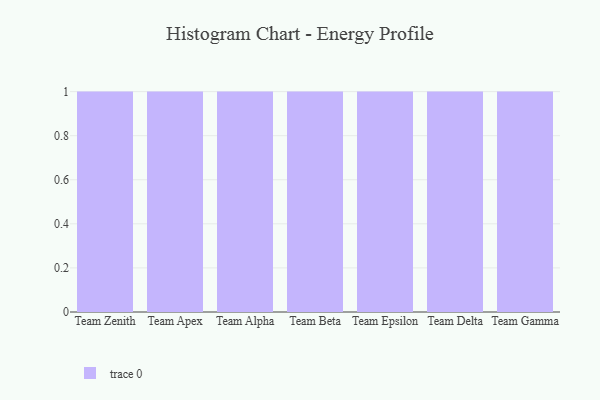
{"axis": {"x": "Team", "y": "Bounce Rate (%)"}, "legend": [""], "data": [{"x": "Team Zenith", "y": 57, "type": ""}, {"x": "Team Apex", "y": 7, "type": ""}, {"x": "Team Alpha", "y": 47, "type": ""}, {"x": "Team Beta", "y": 64, "type": ""}, {"x": "Team Epsilon", "y": 56, "type": ""}, {"x": "Team Delta", "y": 90, "type": ""}, {"x": "Team Gamma", "y": 39, "type": ""}]}